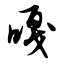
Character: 嘎